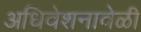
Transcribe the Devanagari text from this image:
अधिवेशनावेळी